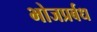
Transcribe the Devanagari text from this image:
भोजप्रर्बध